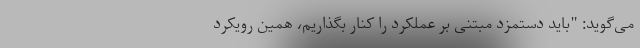
می‌گوید: "باید دستمزد مبتنی بر عملکرد را کنار بگذاریم، همین رویکرد